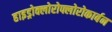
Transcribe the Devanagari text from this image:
हाइड्रोक्लोरोफ्लोरोकार्बन